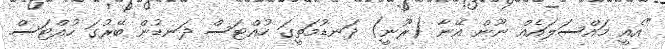
"އެއީ މައްސަލައެއް ނޫން އޭނާ (ރޫނީ) ދަނޑުމަތީގަ ހުއްޓަސް ދަނޑުން ބޭރުގަ ހުއްޓަސް.